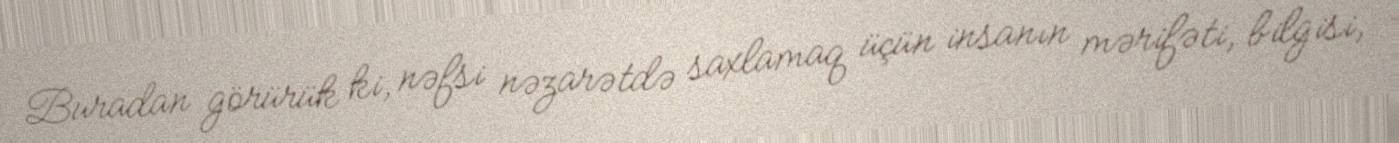
Buradan görürük ki, nəfsi nəzarətdə saxlamaq üçün insanın mərifəti, bilgisi,